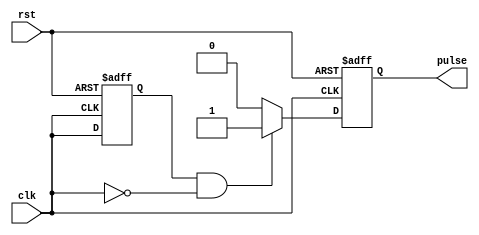
module Falling_Edge_Pulse_Generator(
    input clk,
    input rst,
    output reg pulse
);

reg prev_clk;

always @(posedge clk or negedge rst) begin
    if(!rst) begin
        prev_clk <= 1'b0;
        pulse <= 1'b0;
    end
    else begin
        if(prev_clk && !clk) begin
            pulse <= 1'b1;
        end
        else begin
            pulse <= 1'b0;
        end
        prev_clk <= clk;
    end
end

endmodule